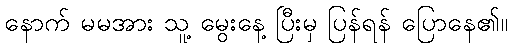
နောက် မမအား သူ့ မွေးနေ့ ပြီးမှ ပြန်ရန် ပြောနေ၏။